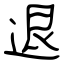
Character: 退